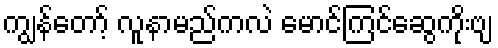
ကျွန်တော့် လူနာမည်ကလဲ မောင်ကြင်ဆွေကိုးဗျ